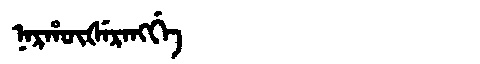
Manchu: ᠨᠠᡵᡥᡡᡧᡝᡵᠠᠩᡤᡝ
Romanization: NARHŪŠERANGGE